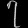
Digit: ၇